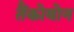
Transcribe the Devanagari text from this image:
तैंकोबोन